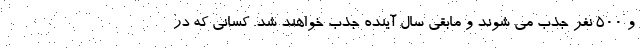
و ۵۰۰ نفر جذب می شوند و مابقی سال آینده جذب خواهند شد. کسانی که در